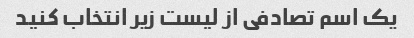
یک اسم تصادفی از لیست زیر انتخاب کنید